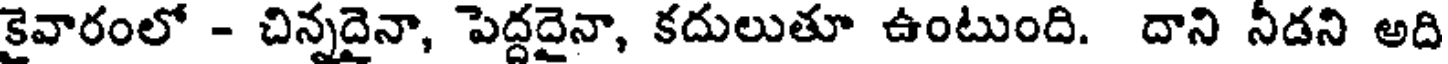
కైవారంలో - చిన్నదైనా, పెద్దదైనా, కదులుతూ ఉంటుంది. దాని నీడని అది